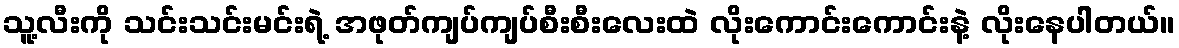
သူ့လီးကို သင်းသင်းမင်းရဲ့ အဖုတ်ကျပ်ကျပ်စီးစီးလေးထဲ လိုးကောင်းကောင်းနဲ့ လိုးနေပါတယ်။